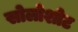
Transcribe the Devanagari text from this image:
सोलोशोट